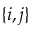
\{ i , j \}